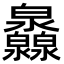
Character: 灥